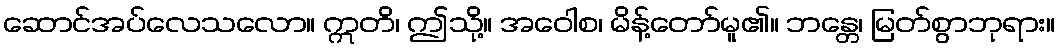
ဆောင်အပ်လေသလော။ ဣတိ၊ ဤသို့။ အဝေါစ၊ မိန့်တော်မူ၏။ ဘန္တေ၊ မြတ်စွာဘုရား။